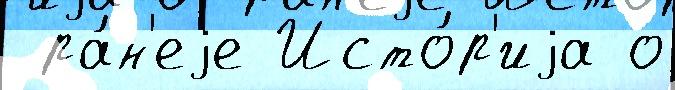
 ра́н'еjе Исто́р'иjа о